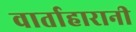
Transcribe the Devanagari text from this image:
वार्ताहारानी